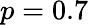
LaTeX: p=0.7